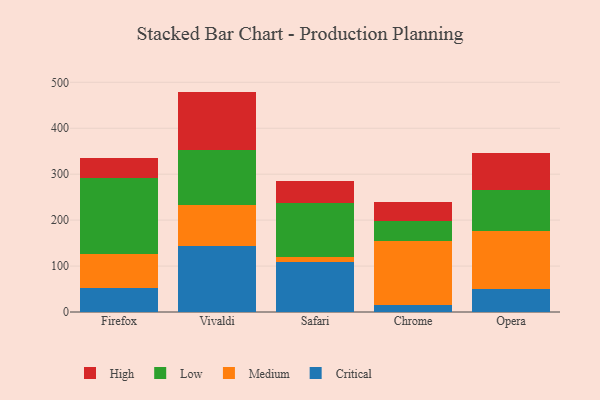
{"axis": {"x": "Browser", "y": "Energy Usage (MWh)"}, "legend": ["Critical", "High", "Low", "Medium"], "data": [{"x": "Firefox", "y": 52.5, "type": "Critical"}, {"x": "Firefox", "y": 74.0, "type": "Medium"}, {"x": "Firefox", "y": 166.1, "type": "Low"}, {"x": "Firefox", "y": 43.3, "type": "High"}, {"x": "Vivaldi", "y": 143.3, "type": "Critical"}, {"x": "Vivaldi", "y": 90.1, "type": "Medium"}, {"x": "Vivaldi", "y": 118.9, "type": "Low"}, {"x": "Vivaldi", "y": 127.5, "type": "High"}, {"x": "Safari", "y": 108.2, "type": "Critical"}, {"x": "Safari", "y": 11.0, "type": "Medium"}, {"x": "Safari", "y": 117.3, "type": "Low"}, {"x": "Safari", "y": 48.4, "type": "High"}, {"x": "Chrome", "y": 15.6, "type": "Critical"}, {"x": "Chrome", "y": 138.9, "type": "Medium"}, {"x": "Chrome", "y": 44.1, "type": "Low"}, {"x": "Chrome", "y": 41.8, "type": "High"}, {"x": "Opera", "y": 50.1, "type": "Critical"}, {"x": "Opera", "y": 126.1, "type": "Medium"}, {"x": "Opera", "y": 89.5, "type": "Low"}, {"x": "Opera", "y": 80.1, "type": "High"}]}